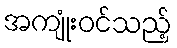
အကျုံးဝင်သည့်